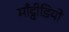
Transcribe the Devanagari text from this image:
माँट्वीडियो